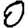
Digit: 0